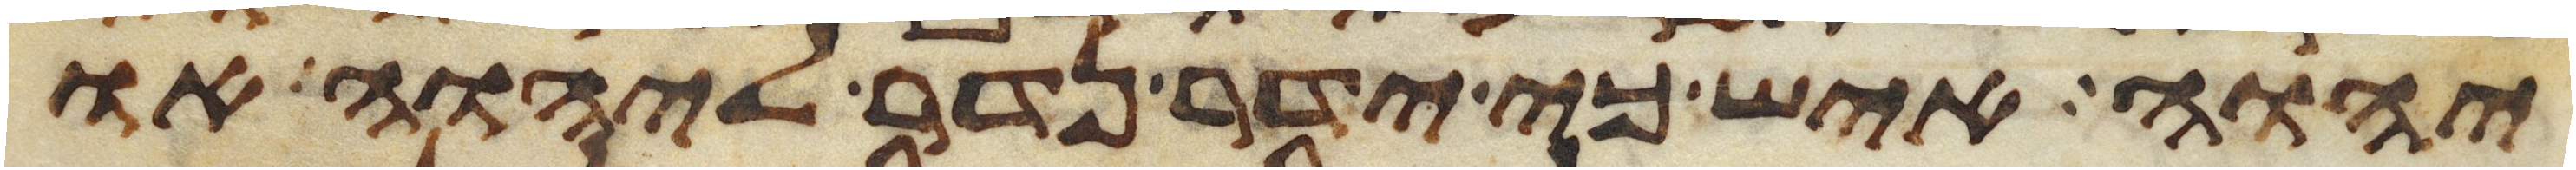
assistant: יהוה איש כי ידר נדר ליהוה או